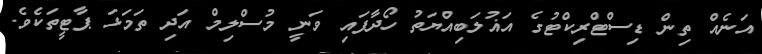
އަނެއް ތިން ޑިސްޓްރިކްޓުގެ އަޣުލަބިއްޔަތު ހޯދާފައި ވަނީ މުސްލިމް އަދި ތަމަޅަ ޕާޓީތަކެވެެ.